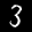
Label: 3